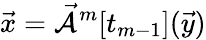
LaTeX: \vec{x}=\mathcal{\vec{A}}^{m}[t_{m-1}](\vec{y})